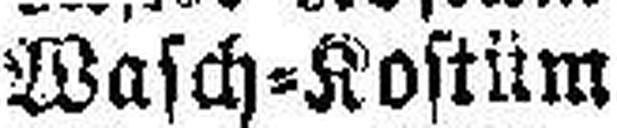
Masch=Kostüm.